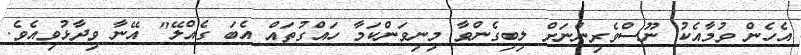
އެހެން ވުމާއެކު ނޫސްވެރިންނަށް ލިބިގެންވާ މިނިވަންކަމާ ހައްގުތައް އެބަ ގެއްލޭ" އޭނާ ވިދާޅުވިއެވެ.